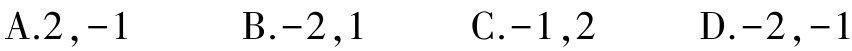
A.$2,-1$  B.$-2,1$  C.$-1,2$  D.$-2,-1$